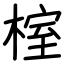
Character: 榁